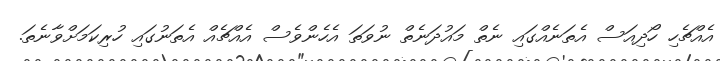
އެއްޗެހި ހޯދިއަސް އެތަނެއްގައި ނެތް މައުދަނެތް ނުވަތަ އެހެންވެސް އެއްޗެއް އެތަނުގައި ހުރިކަމަށްވާނެތަ.